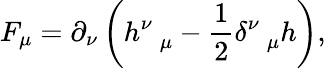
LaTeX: F_{\mu}=\partial_{\nu}\left(h_{\, \, \, \, \mu}^{\nu}-\frac 12\delta_{\, \, \, \, \mu}^{\nu}h\right),